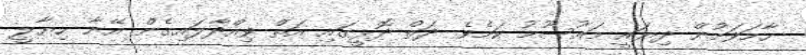
ހާމަވަމުން ދިޔައީ މައުސޫމު ކަމެވެ. ދަތް ދޮޅީގައި އަތް ވިއްދާލައިގެން އޭނާ ހިޔާލީ